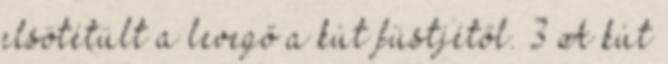
elsötétült a levegő a kút füstjétől. 3 A kút